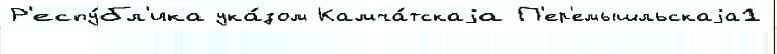
Р'еспу́бл'ика ука́зом Камча́тскаjа П'ер'емышльскаjа1